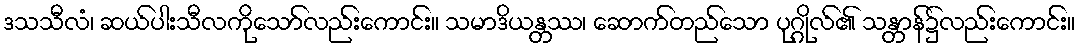
ဒသသီလံ၊ ဆယ်ပါးသီလကိုသော်လည်းကောင်း။ သမာဒိယန္တဿ၊ ဆောက်တည်သော ပုဂ္ဂိုလ်၏ သန္တာန်၌လည်းကောင်း။